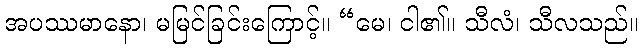
အပဿမာနော၊ မမြင်ခြင်းကြောင့်။ “မေ၊ ငါ၏။ သီလံ၊ သီလသည်။